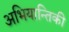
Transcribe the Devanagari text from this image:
अभियान्तिकी